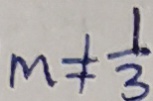
m \neq \frac { 1 } { 3 }